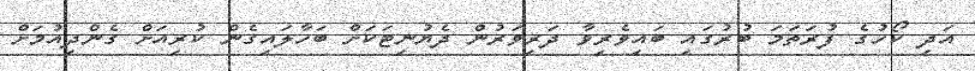
އަދި ކޯހުގެ ފުރަތަމަ ބުރުގައި ބައިވެރިވާ ދަރިވަރުން ދެޔުނިޓަކަށް ބަހާލައިގެން ކުރިއަށް ގެންދިއުމަށް